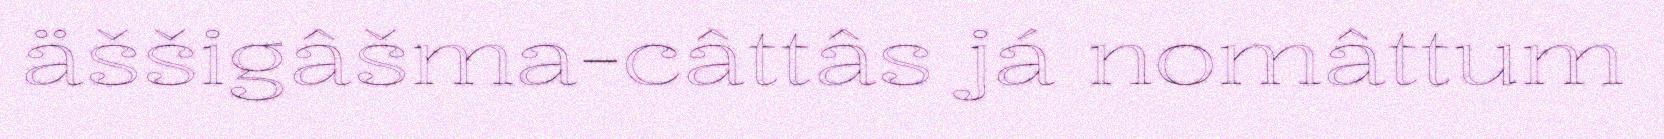
äššigâšma-câttâs já nomâttum